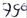
Text: 79°C